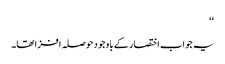
‘‘
یہ جواب اختصار کے باوجود حوصلہ افزا تھا۔